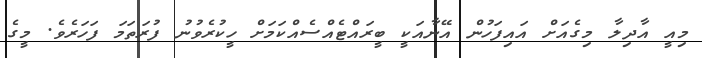
މިއީ އާދިލާ މިގެއަށް އައިފަހުން އޭނާއަކީ ބީރައްޓެއްސެއްކަމަށް ހީކުރެވުނު ފުރަތަމަ ފަހަރެވެ. މީގެ